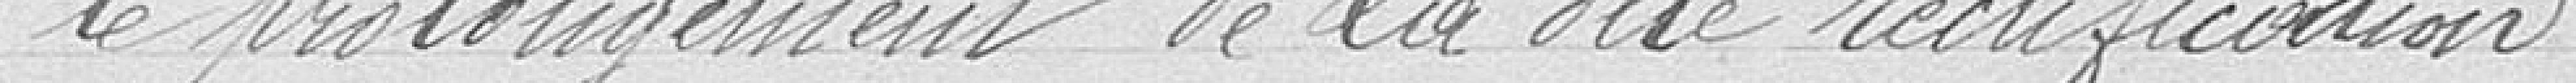
le prolongement de la dite rectification.